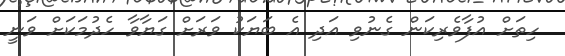
ހިތަށް އުފާވެރިކަން ގެނުވި އަދި އެ ބަޔަކު ވަރަށް ގަޔާވާ ހެދުމަކަށް ވަނީ